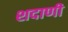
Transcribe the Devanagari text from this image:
शदाणी